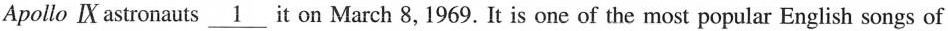
Apollo Ⅳ astronauts \underline{1} it on March 8, 1969. It is one of the most popular English songs of